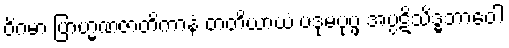
ဝိဂမာ ဗြာဟ္မဏဇာတိကာနံ တတိယာယံ ပဒုမပုပ္ဖံ အပ္ပဋိသိဒ္ဓဘာဝေါ